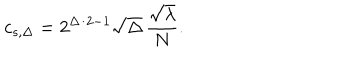
LaTeX: c _ { s , \Delta } = 2 ^ { \Delta / 2 - 1 } \sqrt { \Delta } \, \frac { \sqrt { \lambda } } { N } .